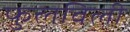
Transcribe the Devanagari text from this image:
फुलविली